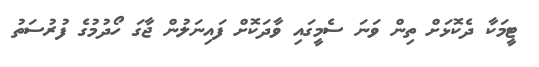
ޓީމަކާ ދެކޮޅަށް ތިން ވަނަ ސެމީގައި ވާދަކޮށް ފައިނަލުން ޖާގަ ހޯދުމުގެ ފުރުސަތު